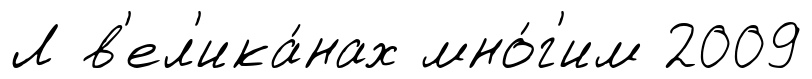
Л в'ел'ика́нах мно́г'им 2009